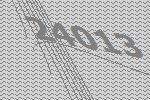
24013